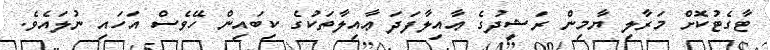
ޓާގެޓުކޮށް މަރާލި ޔާމިން ރަޝީދުގެ ޢާއިލާފަދަ ޢާއިލާތަކުގެ ކިބައިން ހޭވެސް އަހައި ނުލައެވެ.